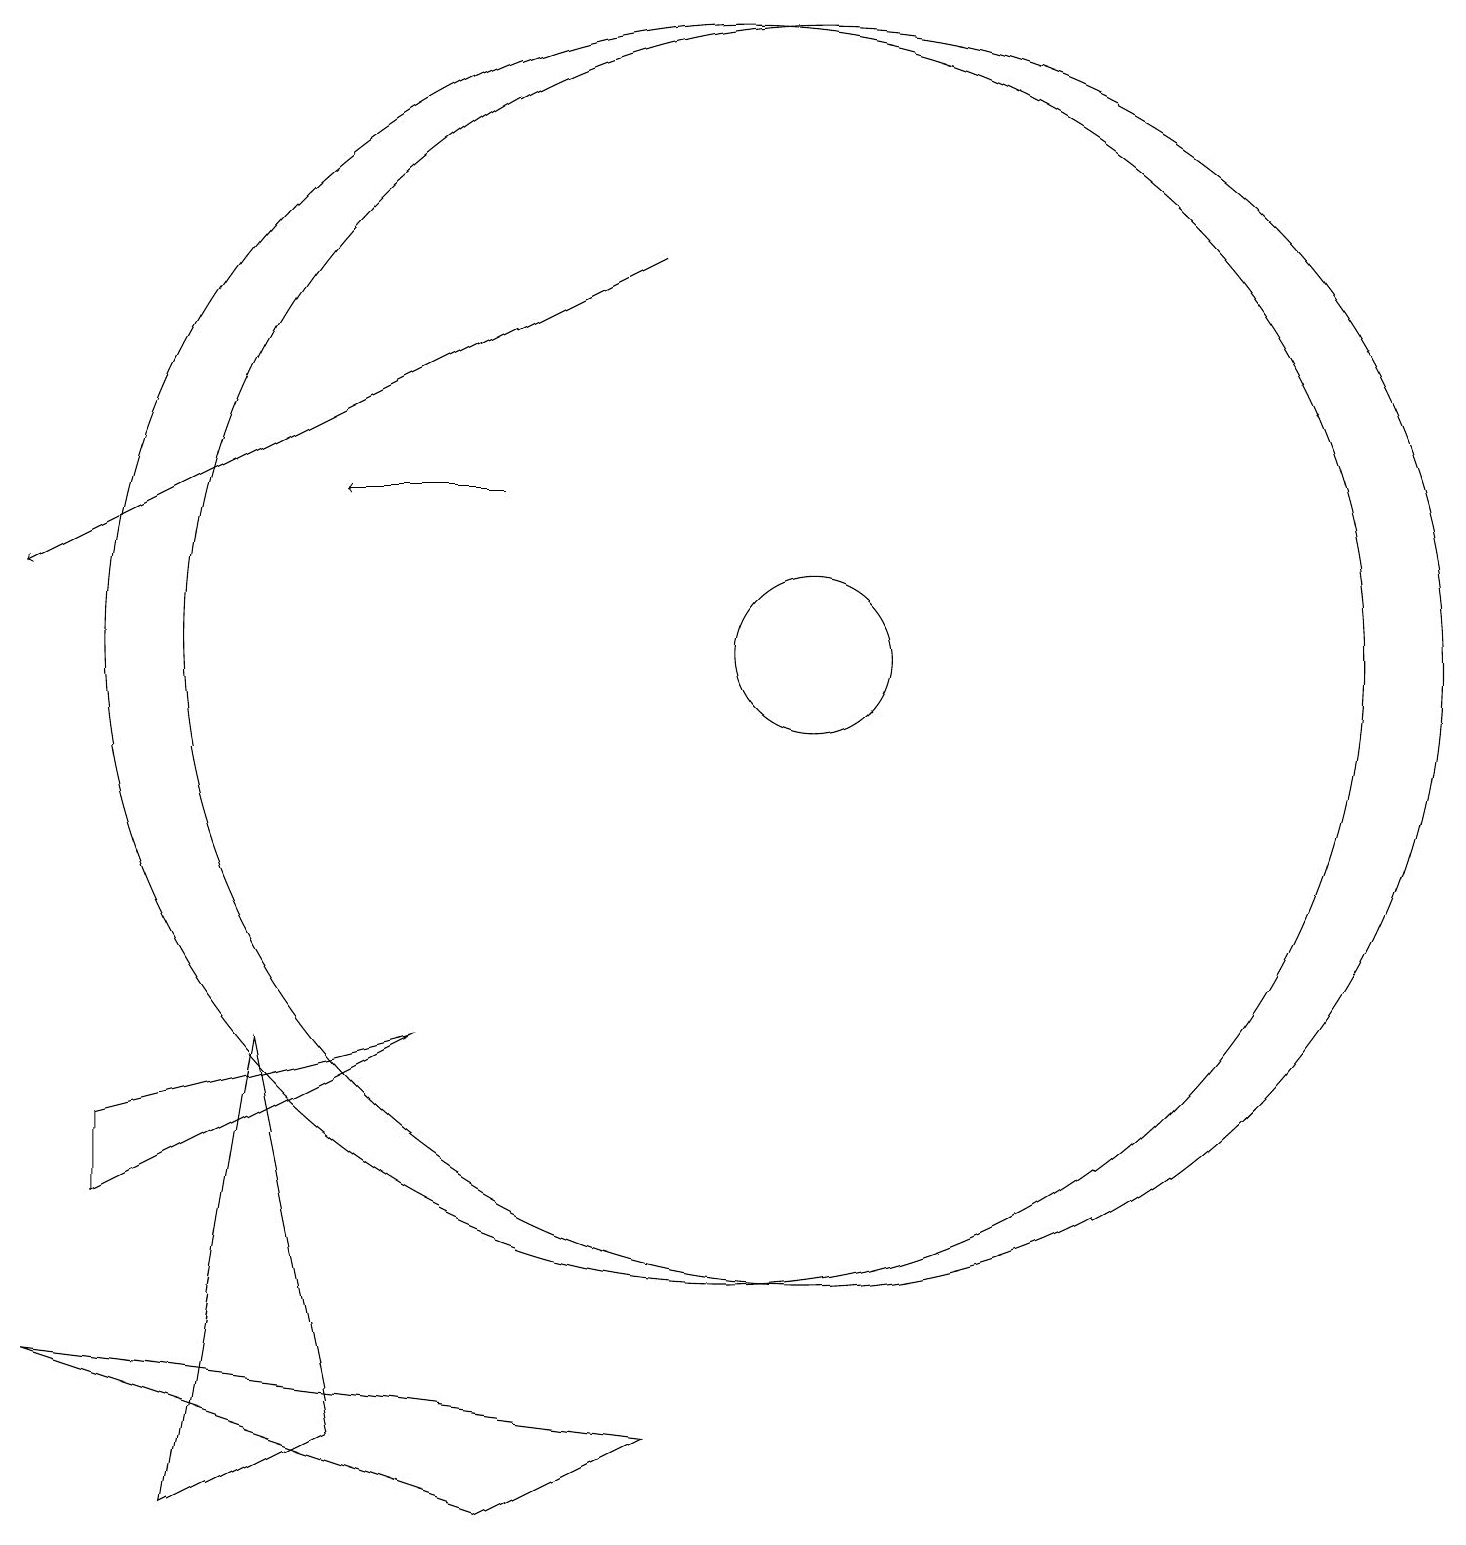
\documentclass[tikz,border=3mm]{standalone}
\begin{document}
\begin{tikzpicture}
\draw (10,11) circle (8);
\draw (11,11) circle (1);
\draw (1,2) -- (9,1) -- (7,0) -- cycle;
\draw (2,5) -- (2,4) -- (6,6) -- cycle;
\draw (11,11) circle (8);
\draw[->] (9,16) -- (1,12);
\draw[->] (7,13) -- (5,13);
\draw (3,0) -- (5,1) -- (4,6) -- cycle;
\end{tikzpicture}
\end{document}